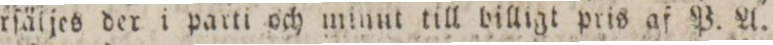
???örſäljes der i parti och minut till billigt pris af P. A.